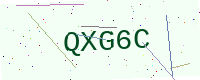
Text: QXG6C